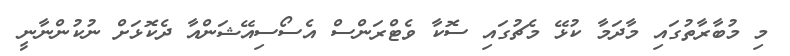
މި މުބާރާތުގައި މާދަމާ ކުޅޭ މެޗުގައި ސޮކާ ވެޓްރަންސް އެސޯސިއޭޝަންއާ ދެކޮޅަށް ނުކުންނާނީ